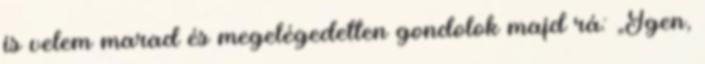
is velem marad és megelégedetten gondolok majd rá: „Igen,